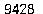
9428